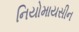
નિયોમાયસીન